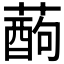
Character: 𮑄